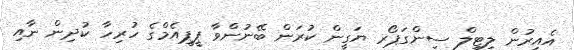
އެއިރުން ލިޓިލް ސިންގަޕޯރ ޔަގީން ކުރަން ބޭނުންވާ ޕީޕީއެމްގެ ހުރިހާ ކުދިން ނާއި